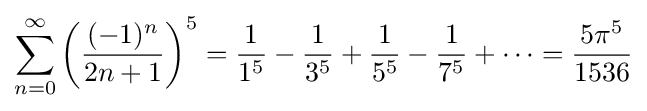
\sum _{n=0}^{\infty }\left({\frac {(-1)^{n}}{2n+1}}\right)^{5}={\frac {1}{1^{5}}}-{\frac {1}{3^{5}}}+{\frac {1}{5^{5}}}-{\frac {1}{7^{5}}}+\cdots ={\frac {5\pi ^{5}}{1536}}